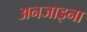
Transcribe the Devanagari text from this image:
अनजाइना